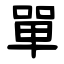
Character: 單